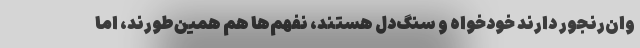
وان‌رنجور دارند خودخواه و سنگ‌دل هستند، نفهم‌ها هم همین‌طورند، اما